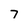
Character: 7